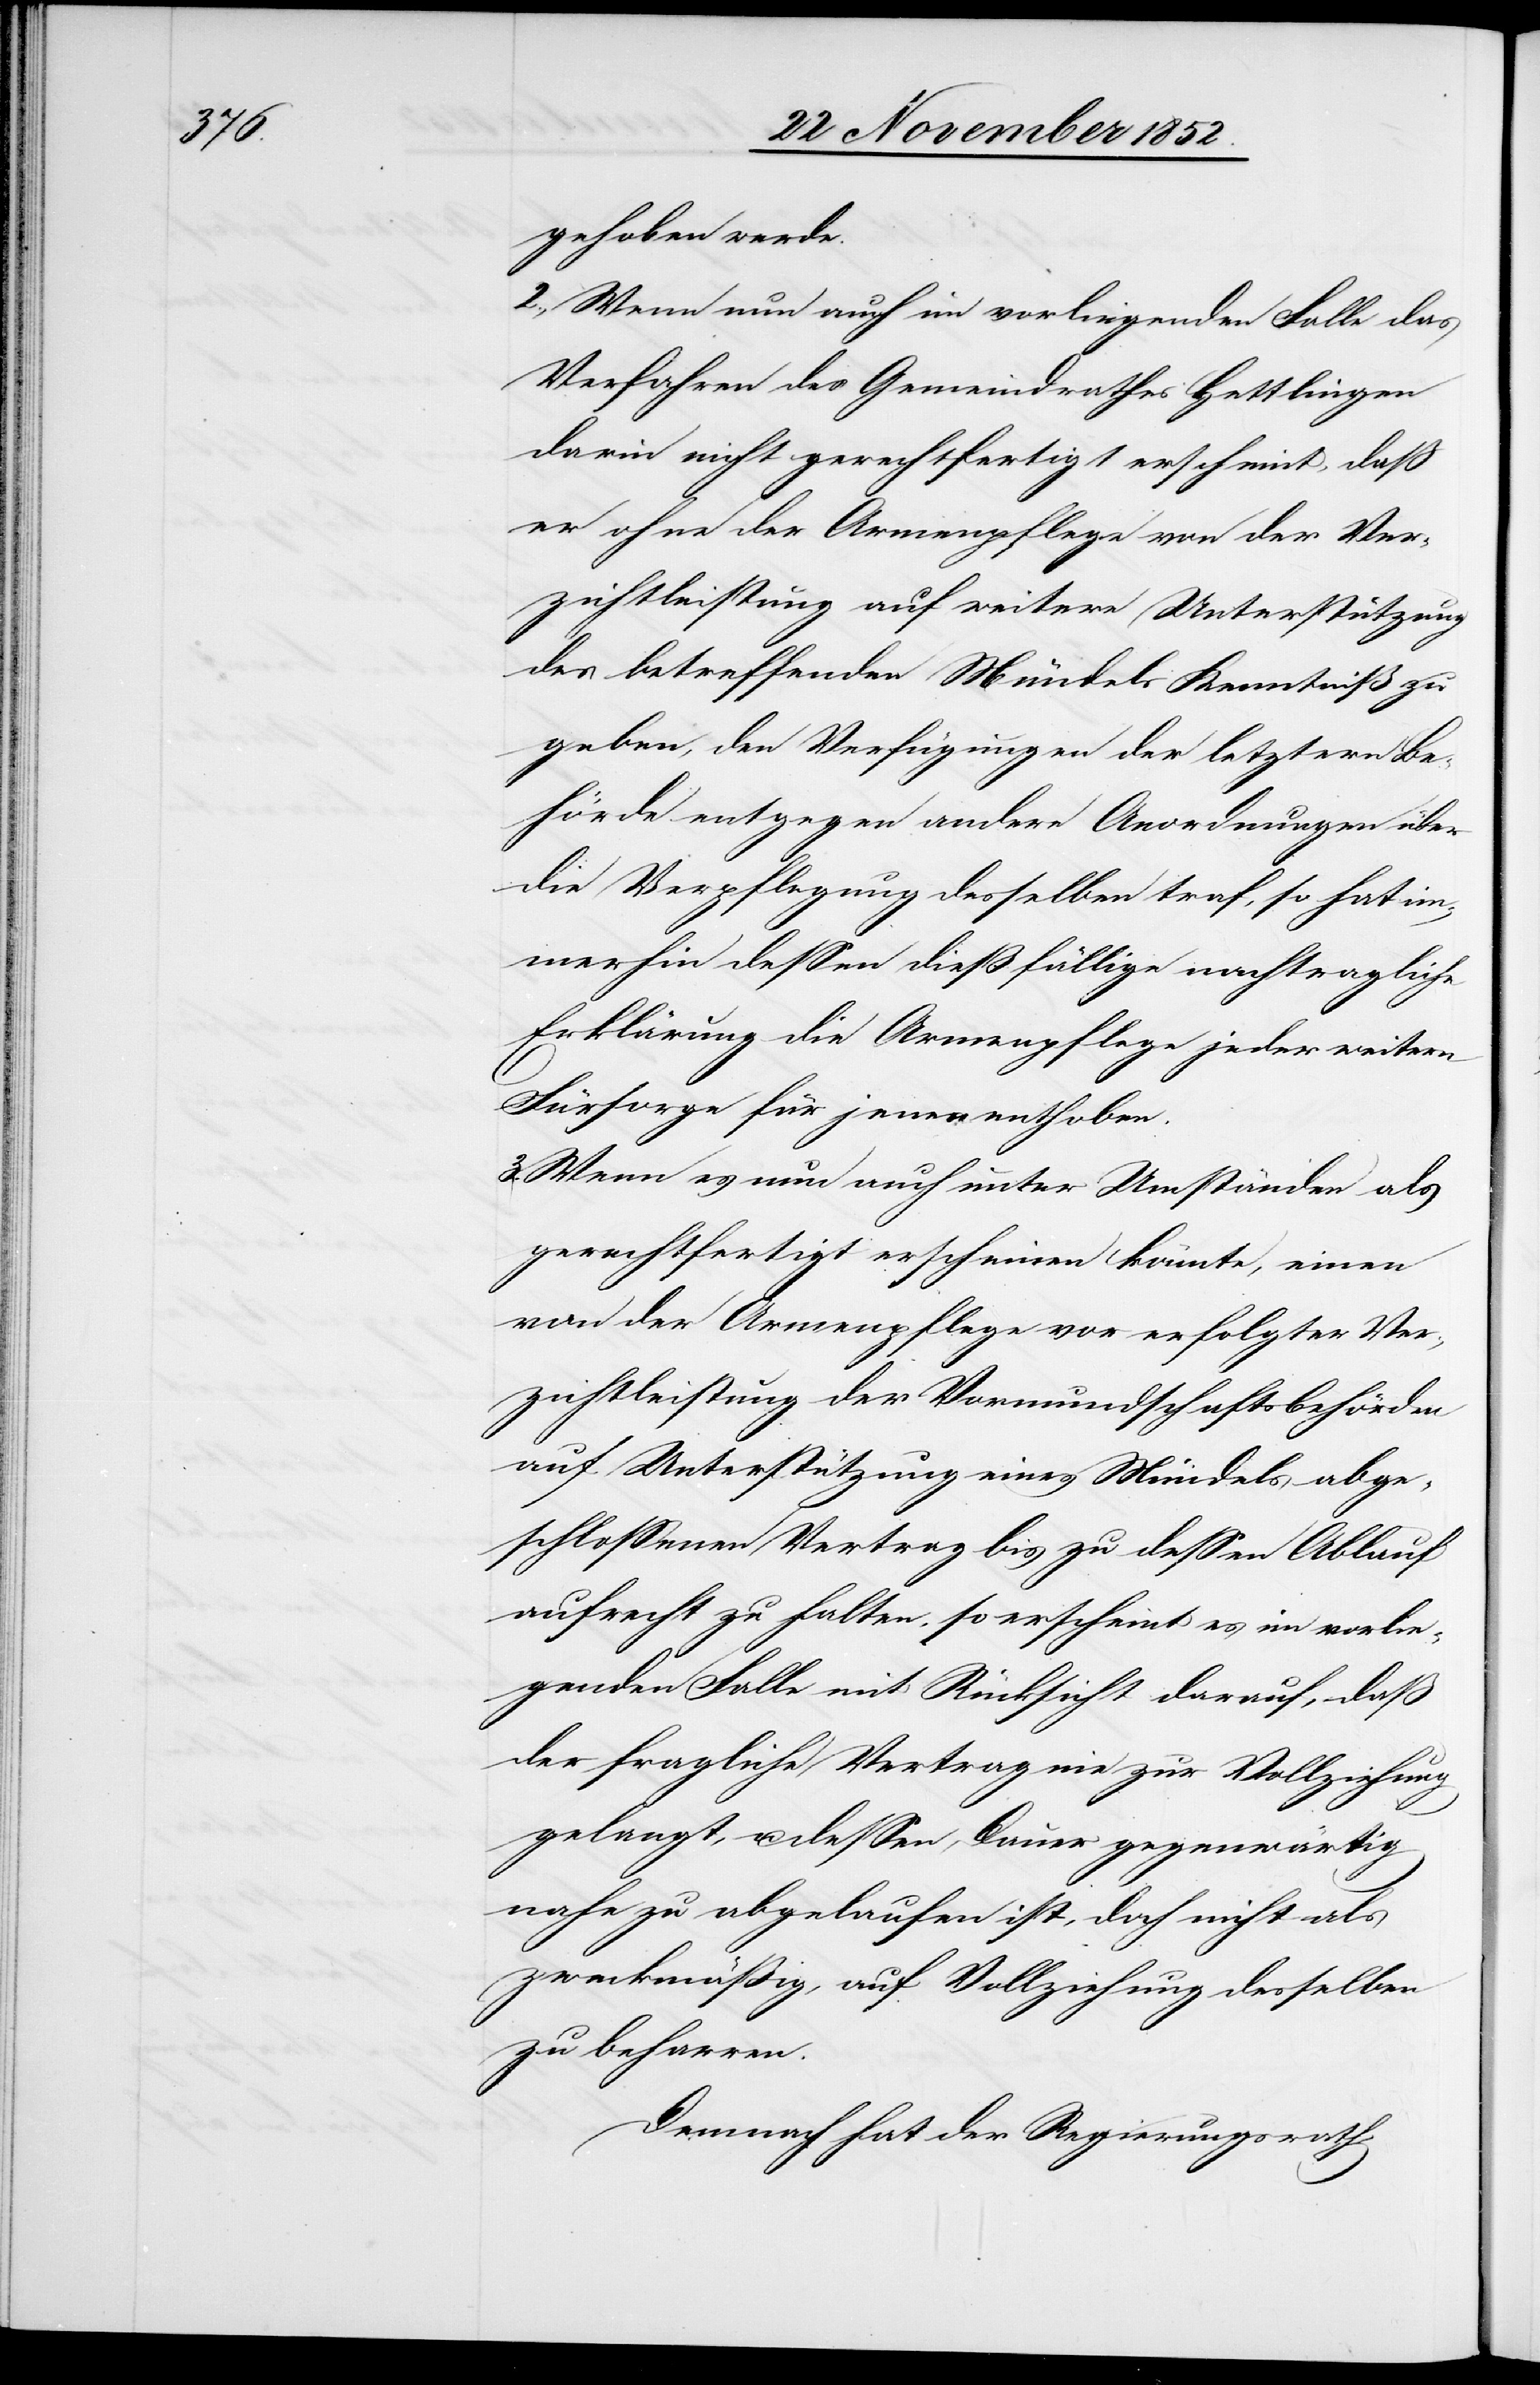
gehoben werde.
2., Wenn nun auch im vorliegenden Falle das
Verfahren des Gemeindrathes Hettlingen
darin nicht gerechtfertigt erscheint, daß
er ohne der Armenpflege von der Ver¬
zichtleistung auf weitere Unterstützung
des betreffenden Mündels Kenntniß zu
geben, den Verfügungen der letztern Be¬
hörde entgegen andere Anordnungen über
die Verpflegung desselben traf, so hat im¬
merhin dessen dießfällige nachtragliche
Erklärung die Armenpflege jeder weitern
Fürsorge für jenen enthoben.
3., Wenn es nun auch unter Umständen als
gerechtfertigt erscheinen könnte, einen
von der Armenpflege vor erfolgter Ver¬
zichtleistung der Vormundschaftsbehörden
auf Unterstützung eines Mündels abge¬
schlossenen Vertrag bis zu dessen Ablauf
aufrecht zu halten, so erscheint es im vorlie¬
genden Falle mit Rücksicht darauf, daß
der fragliche Vertrag nie zur Vollziehung
gelangt, u. dessen Dauer gegenwärtig
nahe zu abgelaufen ist, doch nicht als
zweckmäßig, auf Vollziehung desselben
zu beharren.
Demnach hat der Regierungsrath,